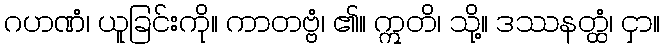
ဂဟဏံ၊ ယူခြင်းကို။ ကာတဗ္ဗံ၊ ၏။ ဣတိ၊ သို့။ ဒဿနတ္ထံ၊ ငှာ။